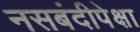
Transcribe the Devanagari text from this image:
नसबंदीपेक्षा